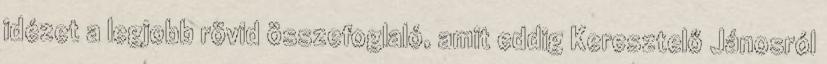
idézet a legjobb rövid összefoglaló, amit eddig Keresztelő Jánosról